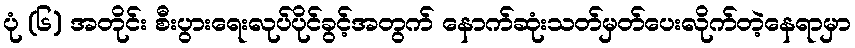
ပုံ (၆) အတိုင်း စီးပွားရေးလုပ်ပိုင်ခွင့်အတွက် နောက်ဆုံးသတ်မှတ်ပေးလိုက်တဲ့နေရာမှာ